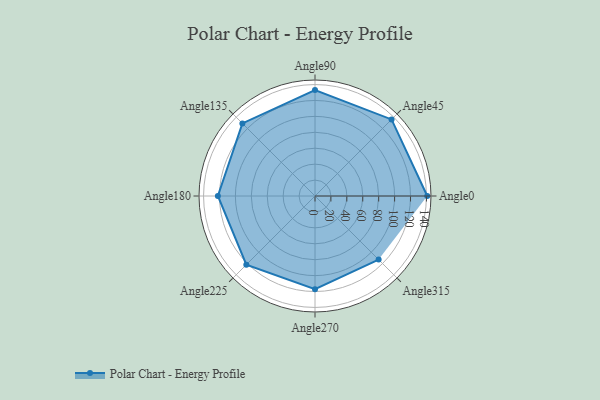
{"axis": {"x": "Angle", "y": "Radius"}, "legend": [""], "data": [{"x": "Angle0", "y": 141.0, "type": ""}, {"x": "Angle45", "y": 136.0, "type": ""}, {"x": "Angle90", "y": 133.0, "type": ""}, {"x": "Angle135", "y": 129.0, "type": ""}, {"x": "Angle180", "y": 122.0, "type": ""}, {"x": "Angle225", "y": 122.0, "type": ""}, {"x": "Angle270", "y": 117.0, "type": ""}, {"x": "Angle315", "y": 113.0, "type": ""}]}